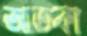
আতকা